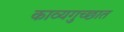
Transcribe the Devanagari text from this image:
काव्यगुच्छात